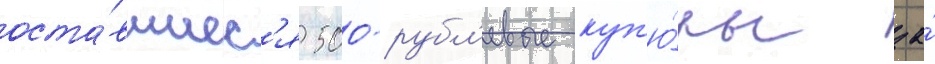
оста́вшиес'я 500-рубл'евые куп'ю́ры за́